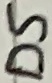
Text: D5